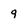
Character: g